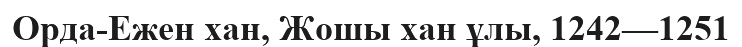
Орда-Ежен хан, Жошы хан ұлы, 1242—1251